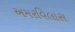
અમરવિલાસ